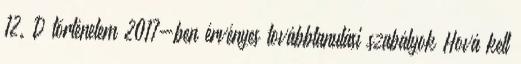
12. D történelem 2017-ben érvényes továbbtanulási szabályok Hová kell